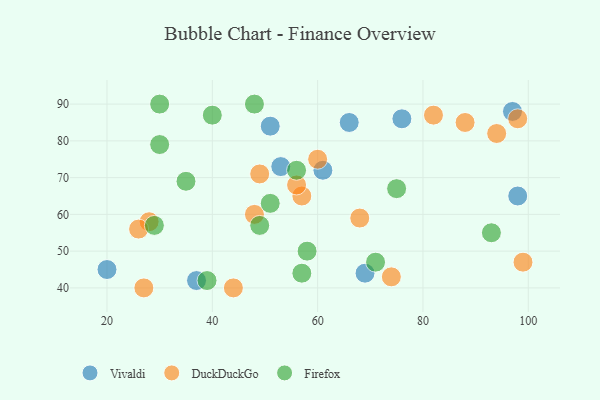
{"axis": {"x": "GDP", "y": "Life Expectancy"}, "legend": ["DuckDuckGo", "Firefox", "Vivaldi"], "data": [{"x": "53", "y": 73, "type": "Vivaldi"}, {"x": "69", "y": 44, "type": "Vivaldi"}, {"x": "37", "y": 42, "type": "Vivaldi"}, {"x": "20", "y": 45, "type": "Vivaldi"}, {"x": "76", "y": 86, "type": "Vivaldi"}, {"x": "66", "y": 85, "type": "Vivaldi"}, {"x": "97", "y": 88, "type": "Vivaldi"}, {"x": "51", "y": 84, "type": "Vivaldi"}, {"x": "61", "y": 72, "type": "Vivaldi"}, {"x": "98", "y": 65, "type": "Vivaldi"}, {"x": "44", "y": 40, "type": "DuckDuckGo"}, {"x": "68", "y": 59, "type": "DuckDuckGo"}, {"x": "27", "y": 40, "type": "DuckDuckGo"}, {"x": "28", "y": 58, "type": "DuckDuckGo"}, {"x": "48", "y": 60, "type": "DuckDuckGo"}, {"x": "57", "y": 65, "type": "DuckDuckGo"}, {"x": "49", "y": 71, "type": "DuckDuckGo"}, {"x": "94", "y": 82, "type": "DuckDuckGo"}, {"x": "88", "y": 85, "type": "DuckDuckGo"}, {"x": "74", "y": 43, "type": "DuckDuckGo"}, {"x": "26", "y": 56, "type": "DuckDuckGo"}, {"x": "99", "y": 47, "type": "DuckDuckGo"}, {"x": "56", "y": 68, "type": "DuckDuckGo"}, {"x": "60", "y": 75, "type": "DuckDuckGo"}, {"x": "98", "y": 86, "type": "DuckDuckGo"}, {"x": "82", "y": 87, "type": "DuckDuckGo"}, {"x": "48", "y": 90, "type": "Firefox"}, {"x": "35", "y": 69, "type": "Firefox"}, {"x": "71", "y": 47, "type": "Firefox"}, {"x": "40", "y": 87, "type": "Firefox"}, {"x": "58", "y": 50, "type": "Firefox"}, {"x": "57", "y": 44, "type": "Firefox"}, {"x": "93", "y": 55, "type": "Firefox"}, {"x": "39", "y": 42, "type": "Firefox"}, {"x": "56", "y": 72, "type": "Firefox"}, {"x": "29", "y": 57, "type": "Firefox"}, {"x": "30", "y": 79, "type": "Firefox"}, {"x": "49", "y": 57, "type": "Firefox"}, {"x": "51", "y": 63, "type": "Firefox"}, {"x": "75", "y": 67, "type": "Firefox"}, {"x": "30", "y": 90, "type": "Firefox"}]}